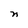
Character: n